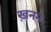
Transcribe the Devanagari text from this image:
ख़नन